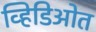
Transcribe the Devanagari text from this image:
व्हिडिओत